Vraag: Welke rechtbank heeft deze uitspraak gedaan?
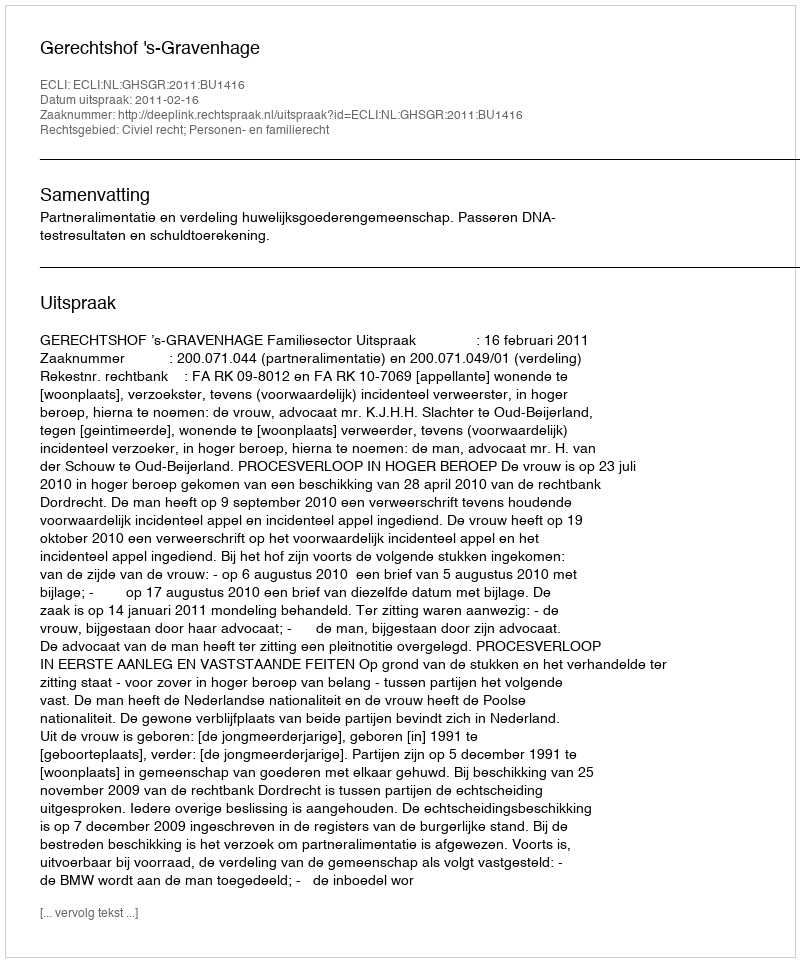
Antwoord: Gerechtshof 's-Gravenhage